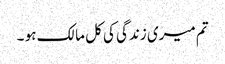
تم میری زندگی کی کل مالک ہو ۔